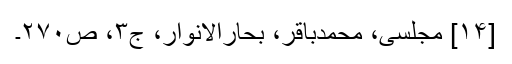
[۱۴] مجلسی، محمدباقر، بحارالانوار، ج‌۳، ص‌۲۷۰۔